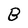
Character: B